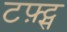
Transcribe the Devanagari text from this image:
टफ़्ट्स